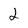
Character: 2